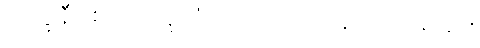
ဘိက္ခုနီဖြစ်ဖို့ ဘိက္ခုသံဃာထံမှာ ရဟန်းထပ်ပြုရခြင်း